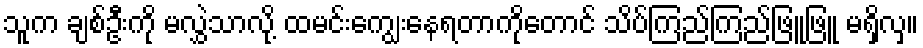
သူက ချစ်ဦးကို မလွှဲသာလို့ ထမင်းကျွေးနေရတာကိုတောင် သိပ်ကြည်ကြည်ဖြူဖြူ မရှိလှ။